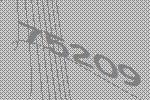
75209